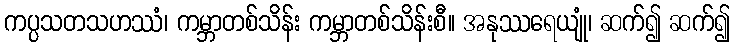
ကပ္ပသတသဟဿံ၊ ကမ္ဘာတစ်သိန်း ကမ္ဘာတစ်သိန်းစီ။ အနုဿရေယျုံ၊ ဆက်၍ ဆက်၍